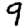
Digit: 9